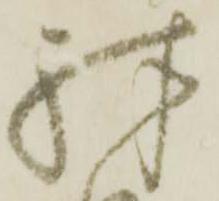
殊